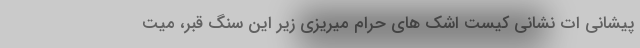
پیشانی ات نشانیِ کیست اشک های حرام میریزی زیرِ این سنگِ قبر، میّت